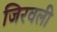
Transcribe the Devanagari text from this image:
जिरवली